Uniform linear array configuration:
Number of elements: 8
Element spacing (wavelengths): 0.75
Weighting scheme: blackman
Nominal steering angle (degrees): -45
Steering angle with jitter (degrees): -45.85
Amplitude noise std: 0.05
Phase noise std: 0.05

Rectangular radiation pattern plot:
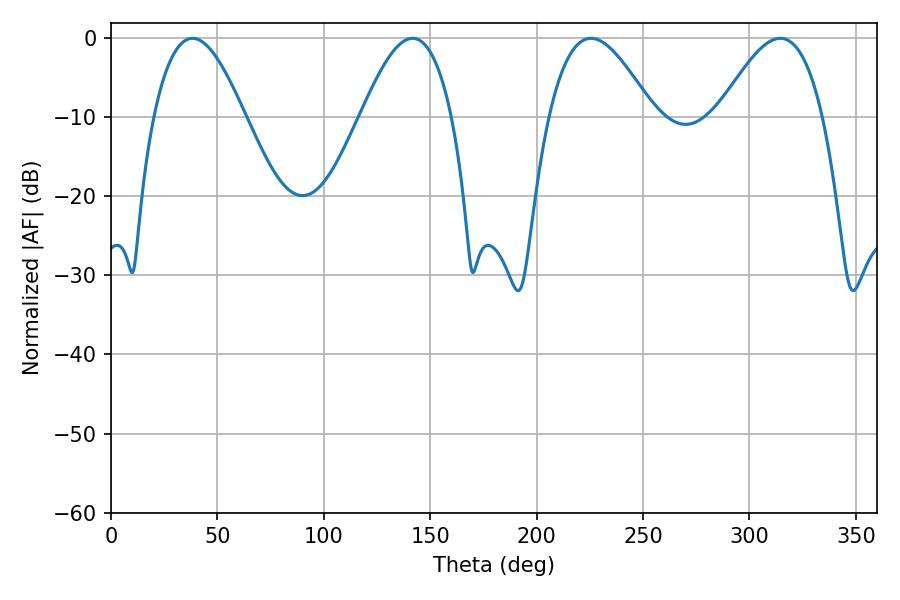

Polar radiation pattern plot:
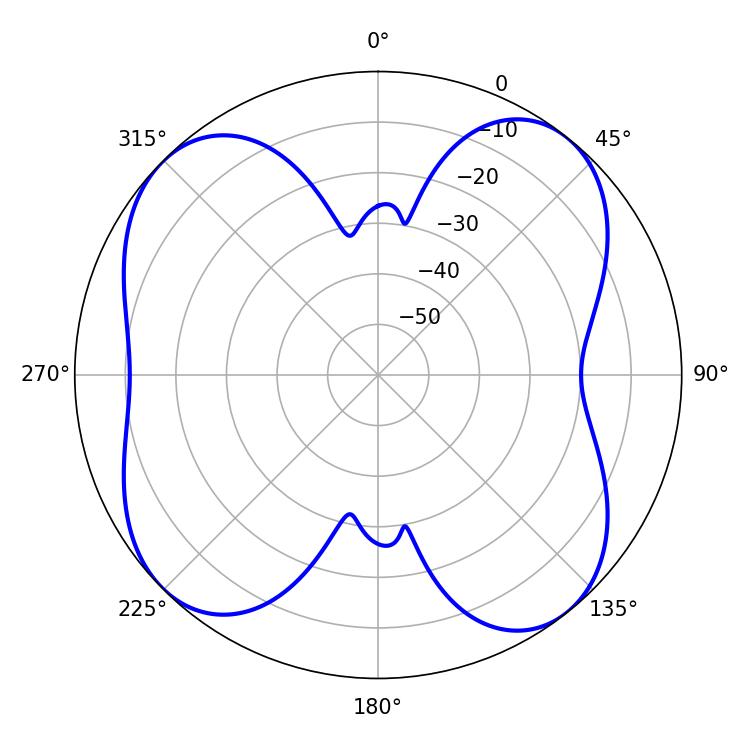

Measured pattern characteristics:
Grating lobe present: TRUE
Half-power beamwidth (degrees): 26.46
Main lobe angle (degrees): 225.54